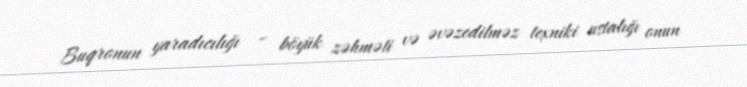
Buqronun yaradıcılığı – böyük zəhməti və əvəzedilməz texniki ustalığı onun